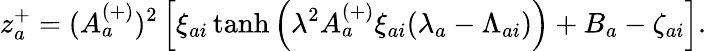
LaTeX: z_{a}^{+}=(A_{a}^{(+)})^{2}\left[\xi_{ai}\operatorname{tanh}\left(\lambda^{2}A_{a}^{(+)}\xi_{ai}(\lambda_{a}-\Lambda_{ai})\right)+B_{a}-\zeta_{ai}\right].